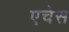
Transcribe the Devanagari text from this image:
एचेस